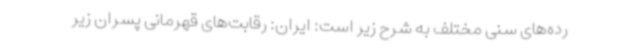
رده‌های سنی مختلف به شرح زیر است: ایران: رقابت‌های قهرمانی پسران زیر